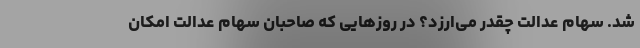
شد. سهام عدالت چقدر می‌ارزد؟ در روزهایی که صاحبان سهام عدالت امکان